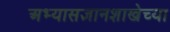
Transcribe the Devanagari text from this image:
अभ्यासज्ञानशाखेच्या